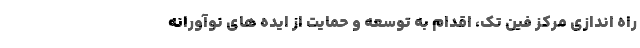
راه اندازی مرکز فین تک، اقدام به توسعه و حمایت از ایده های نوآورانه